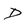
Character: d